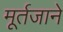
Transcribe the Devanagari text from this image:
मूर्तजाने